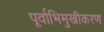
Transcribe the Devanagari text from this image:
पूर्वाभिमुखीकरण